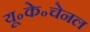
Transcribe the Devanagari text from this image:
यू॰के॰चेनल